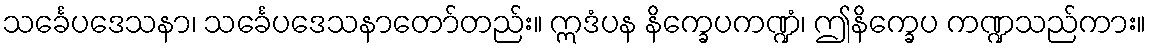
သင်္ခေပဒေသနာ၊ သင်္ခေပဒေသနာတော်တည်း။ ဣဒံပန နိက္ခေပကဏ္ဍံ၊ ဤနိက္ခေပ ကဏ္ဍသည်ကား။